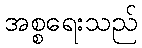
အစ္စရေးသည်